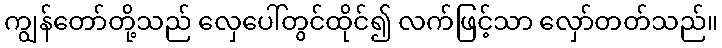
ကျွန်တော်တို့သည် လှေပေါ်တွင်ထိုင်၍ လက်ဖြင့်သာ လှော်တတ်သည်။